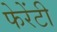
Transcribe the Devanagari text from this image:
फेरेंटी